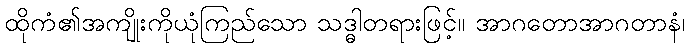
ထိုကံ၏အကျိုးကိုယုံကြည်သော သဒ္ဓါတရားဖြင့်။ အာဂတောအာဂတာနံ၊